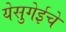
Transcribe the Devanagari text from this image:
येसुगेईचे